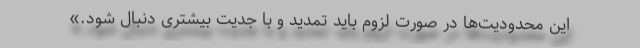
این محدودیت‌ها در صورت لزوم باید تمدید و با جدیت بیشتری دنبال شود.»